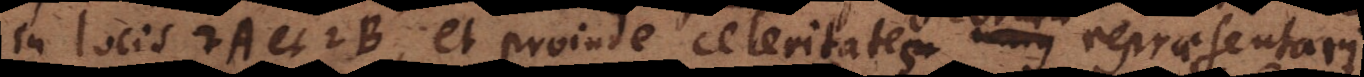
in locis A et B, et proinde celeritatem unius celeritates